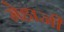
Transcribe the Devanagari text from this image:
मेहाजी